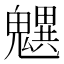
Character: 𩴜